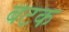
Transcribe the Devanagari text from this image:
बटक